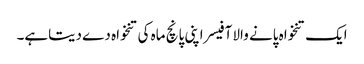
ایک تنخواہ پانے والا آفیسر اپنی پانچ ماہ کی تنخواہ دے دیتاہے۔